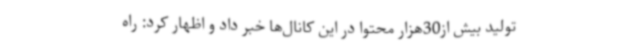
تولید بیش از30هزار محتوا در این کانال‌ها خبر داد و اظهار کرد: راه